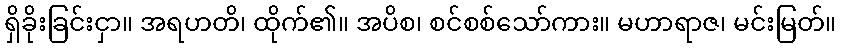
ရှိခိုးခြင်းငှာ။ အရဟတိ၊ ထိုက်၏။ အပိစ၊ စင်စစ်သော်ကား။ မဟာရာဇ၊ မင်းမြတ်။